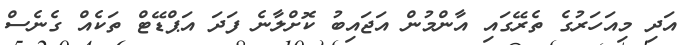
އަދި މިއަހަރުގެ ތެރޭގައި އާންމުން އަޖައިބު ކޮށްލާނެ ފަދަ އަޕްޑޭޓް ތަކެއް ގެނެސް